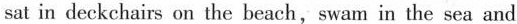
sat in deckchairs on the beach,swam in the sea and